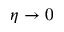
\eta \to 0